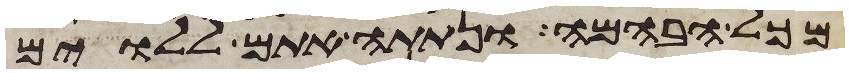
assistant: מכל הבהמה ונתתה אתם ללוים